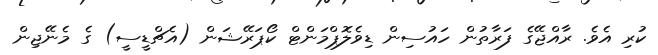
ކުރި އެވެ. ރާއްޖޭގެ ފަރާތުން ހައުސިން ޑިވެލޮޕްމަންޓް ކޯޕަރޭޝަން (އެޗްޑީސީ) ގެ މެނޭޖިން